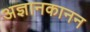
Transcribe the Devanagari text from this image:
अज्ञानकानन